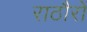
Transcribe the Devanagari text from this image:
राठौरों